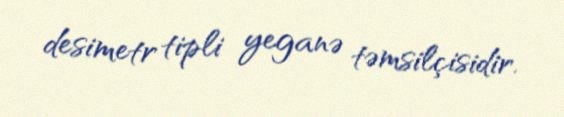
desimetr tipli yeganə təmsilçisidir.